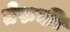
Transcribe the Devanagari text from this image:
तेरुकी